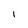
Character: l